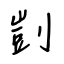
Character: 剴